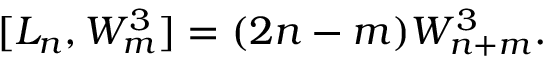
[ L _ { n } , W _ { m } ^ { 3 } ] = ( 2 n - m ) W _ { n + m } ^ { 3 } .